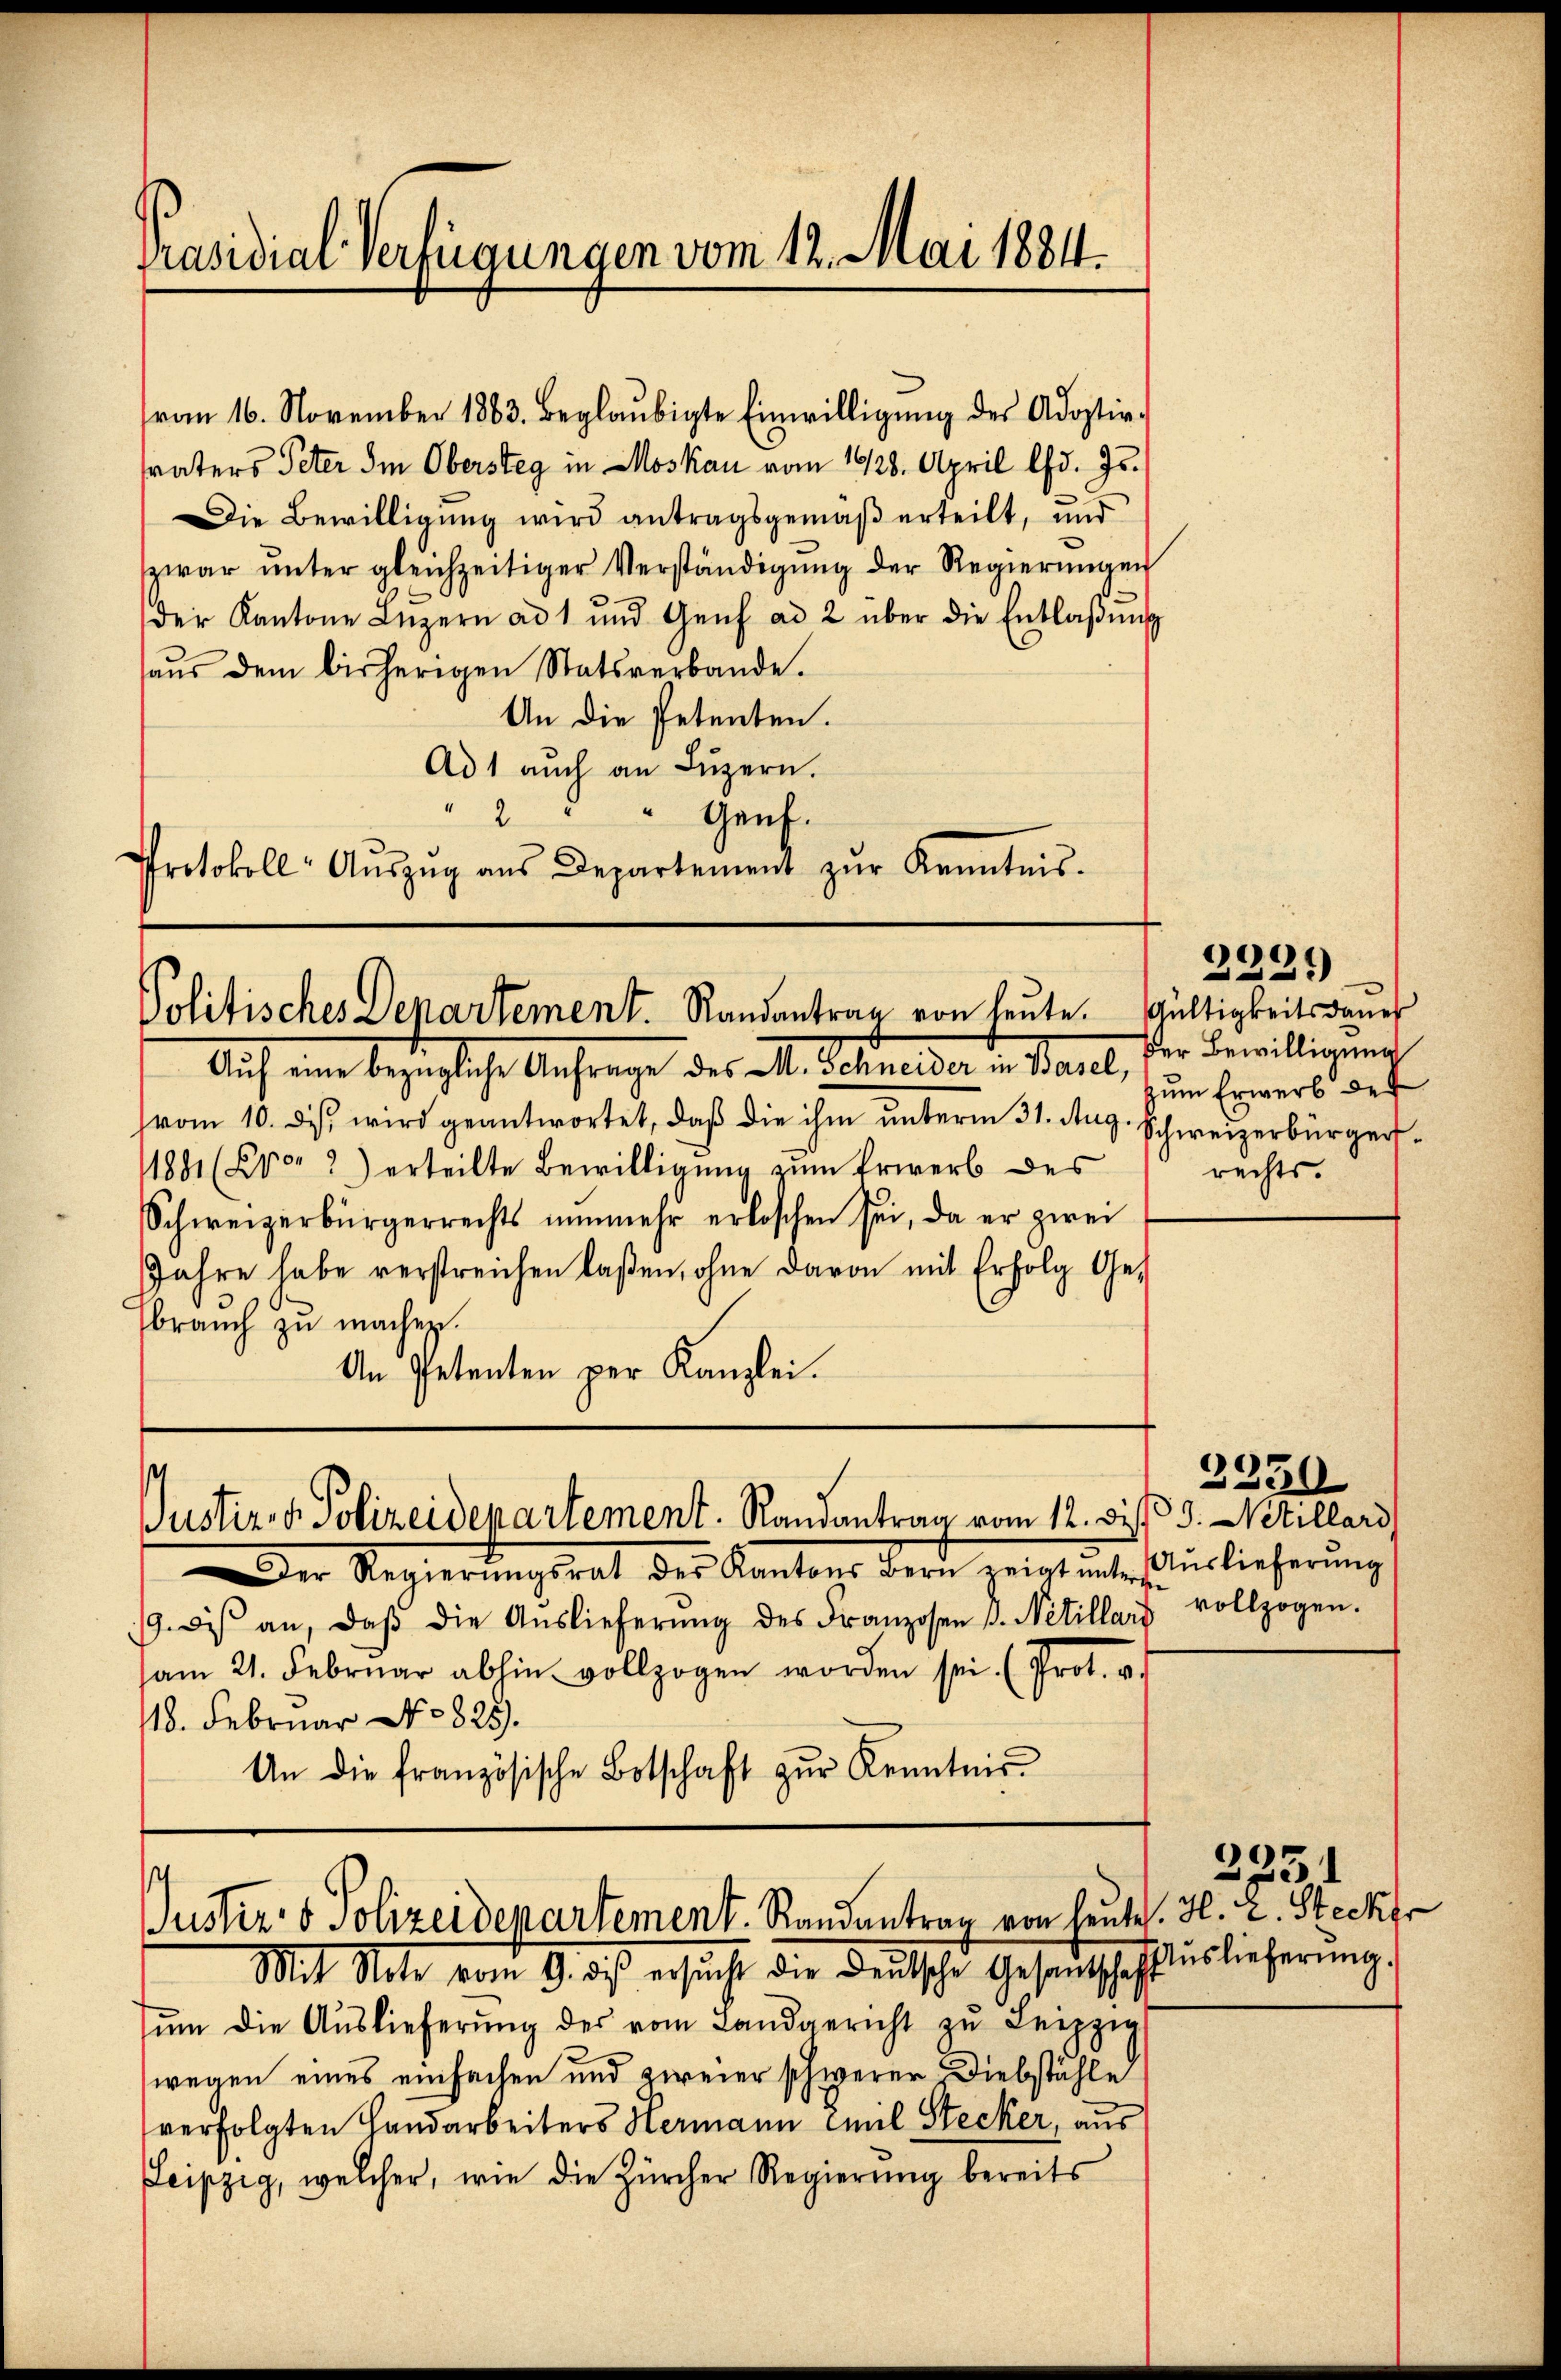
Präsidial-Verfügungen vom 12. Mai 1884.

vom 16. November 1883. beglaŭbigte Einwilligŭng des Adoptir-
svaters Peter Im Obersteg in Moskau vom 1928. April lfd. Js.
Die Bewilligung wird antragsgemäß erteilt, und
zwar ŭnter gleichzeitiger Verständigŭng der Regierŭngen
der Kantone Luzern ad 1 und Genf ad 2 über die Entlaβŭng
aŭs dem bisherigen Statsverbande.
An die Petenten.
Ad 1 aŭch an Lŭzern.
2
" Genf.
Protokoll- Aŭszŭg aŭs Departement zŭr Kenntnis.

Politisches Departement. Randantrag von heute. Gültigkeitsdauer

Justiz- & Polizeidepartement. Randantrag vom 12. die 3. Stillari

Auf eine bezügliche Anfrage des M. Schneider in Paul, der Bewilligung
vom 10. ds. wird geantwortet, daß die ihm unterm 31. Aug. Schweizerbürger¬
11881 (vor 2) erteilte Bewilligung zum Erwerb des
Schweizerbürgerrechts nŭnmehr erloschen sei, da er zwei
Jahre habe verstreichen laßen, ohne davon mit Erfolg Ge-
brauch zu machen.
An Petenten per Kanzlei.

Justiz- & Polizeidepartement. Randantrag von heute. H. L. Stecker

Der Regierŭngsrat der Kantons Bern zeigt ŭnter Aŭslieferŭng
19. dies an, daβ die Aŭslieferŭng des Franzosen P. Nétillars vollzogen.
am 21. Februar abhin vollzogen worden sei. (Prot. v.
118. Februar No 825.
An die französische Botschaft zŭr Kenntnis.

2291)
zum Erwerb der
rechts.

Mit Note vom 9. des ersucht die Deutsche Gesantschaft uslieferung,
ŭm die Aŭslieferŭng des vom Landgericht zŭ Leipzig
wegen eines einfachen und zweier schwerer Diebstähle
verfolgten Handarbeiters Hermann Emil Stecker, aus
Leipzig, welcher, wie die Zürcher Regierŭng bereits

2330

2231